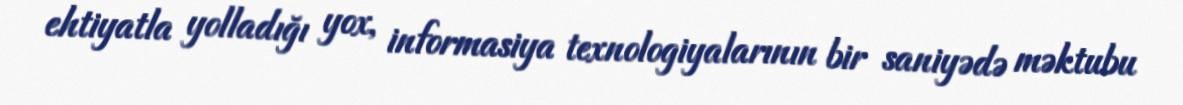
ehtiyatla yolladığı yox, informasiya texnologiyalarının bir saniyədə məktubu